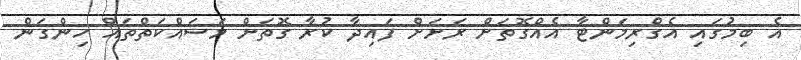
އެ ބިމުގައި އެގްރިމަންޓާ އެއްގޮތަށް ރަށަށް ފައިދާ ކުރާ ގޮތަށް މަސައްކަތްތައް ހިންގަން